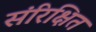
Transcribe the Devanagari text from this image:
संरिक्षित